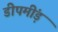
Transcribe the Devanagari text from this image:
डीपमींड़